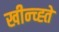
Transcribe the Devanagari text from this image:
खीन्च्ह्ते